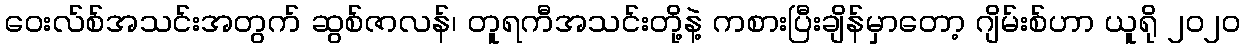
ဝေးလ်စ်အသင်းအတွက် ဆွစ်ဇာလန်၊ တူရကီအသင်းတို့နဲ့ ကစားပြီးချိန်မှာတော့ ဂျိမ်းစ်ဟာ ယူရို ၂၀၂၀